Vaccination report Assam 1874-1896 - 1874-1896
Year: 1874
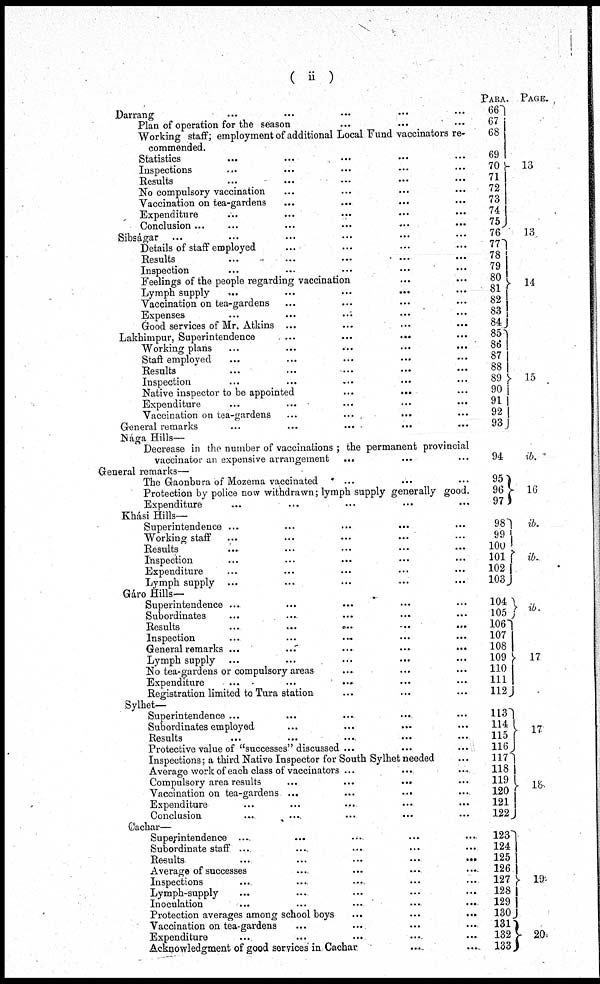
( ii )
Darrang ... ... ... ... ...
Plan of operation for the season
...
... ...
Working staff; employment of additional Local Fund vaccinators re-
commended.
Statistics ... ... ... ... ...
Inspections ... ... ... ... ...
Results ... ... ... ... ...
No compulsory vaccination ... ... ... ...
Vaccination on tea-gardens
... ... ... ...
Expenditure ... ... ... ... ...
Conclusion ... ... ... ... ... ...
Sibságar ... ... ... ... ... ...
Details of staff employed ... ... ... ...
Results ... ... ... ... ...
Inspection ... ... ... ... ...
Feelings of the people regarding vaccination ... ...
Lymph supply
...
...
...
... ...
Vaccination on tea-gardens ... ... ... ...
Expenses ... ... ... ... ...
Good services of Mr. Atkins ... ... ... ...
Lakhimpur, Superintendence
...
...
... ...
Working plans
...
...
...
...
...
Staff employed ... ... ... ... ...
Results ... ... ... ... ...
Inspection ... ... ... ... ...
Native inspector to be appointed
...
... ...
Expenditure ... ... ... ... ...
Vaccination on tea-gardens ... ... ... ...
General remarks ... ... ... ... ...
Nága Hills—
Decrease in the number of vaccinations ; the permanent provincial
vaccinator an expensive arrangement ... ... ...
General remarks—
The Gaonbura of Mozema vaccinated ... ... ...
Protection by police now withdrawn; lymph supply generally good.
Expenditure ... ... ... ... ...
Khási Hills—
Superintendence ...
...
...
... ...
Working staff ... ... ... ... ...
Results ... ... ... ... ...
Inspection ... ... ... ... ...
Expenditure ... ... ... ... ...
Lymph supply ... ... ... ... ...
Gáro Hills—
Superintendence ... ... ... ... ...
Subordinates ... ... ... ... ...
Results
...
...
...
...
...
Inspection
...
...
... ... ...
General remarks ... ... ... ... ... ...
Lymph supply ... ... ... ... ...
No tea-gardens or compulsory areas ... ... ...
Expenditure
...
...
... ... ...
Registration limited to Tura station ... ... ...
Sylhet—
Superintendence ... ... ... ... ...
Subordinates employed ... ... ... ...
Results ... ... ... ... ...
Protective value of "successes" discussed ... ... ...
Inspections; a third Native Inspector for South Sylhet needed ...
Average work of each class of vaccinators ... ... ...
Compulsory area results
...
...
... ...
Vaccination on tea-gardens ...
...
... ...
Expenditure ... ... ... ... ...
Conclusion ... ... ... ... ...
Cachar—
Superintendence ... ... ... ... ...
Subordinate staff ... ... ... ... ...
Results
...
...
...
...
...
Average of successes ... ... ... ...
Inspections ... ... ... ... ...
Lymph-supply
...
...
...
...
...
Inoculation
... ... ... ... ...
Protection averages among school boys
...
...
...
Vaccination on tea-gardens ... ... ... ...
Expenditure ... ... ... ... ...
Acknowledgment of good services in Cachar ... ...
PARA
66
67
68
69
70
71
72
73
74
75
76
77
78
79
80
81
82
83
84
85
86
87
88
89
90
91
92
93
94
95
96
97
98
99
100
101
102
103
104
105
106
107
108
109
110
111
112
113
114
115
116
117
118
119
120
121
122
123
124
125
126
127
128
129
130
131
132
133
PAGE.
13
13
14
15
ib.
16
ib.
ib.
ib.
17
17
18
19
20